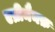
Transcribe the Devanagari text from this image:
एव्रीमैनफ़